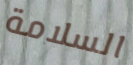
السلامة